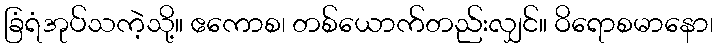
ခြံရံအုပ်သကဲ့သို့။ ဧကောစ၊ တစ်ယောက်တည်းလျှင်။ ဝိရောစမာနော၊